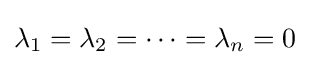
\lambda _{1}=\lambda _{2}=\dots =\lambda _{n}=0